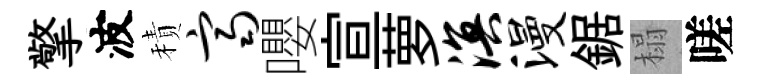
擎波積齐嚶宣萝溟漫鋸榻嗟